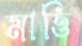
মাত্তি